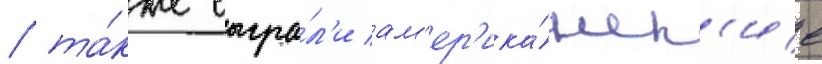
/ та́кже сыгра́л'и ам'ер'ика́нск'ие